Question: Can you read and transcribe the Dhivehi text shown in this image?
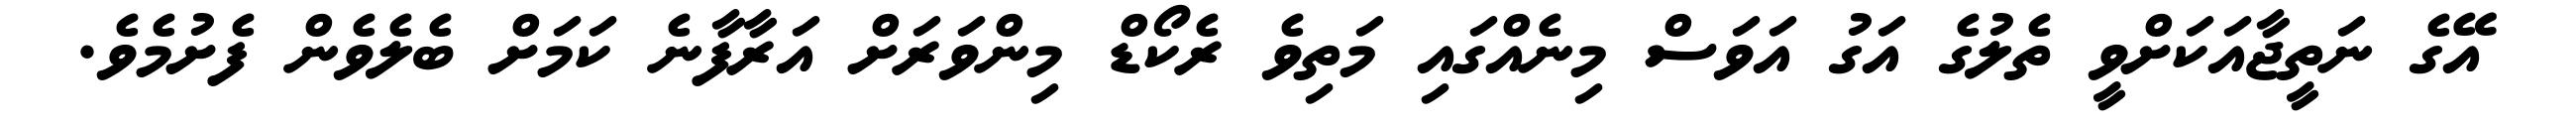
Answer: އޭގެ ނަތީޖާއަކަށްވީ ތެލުގެ އަގު އަވަސް މިނެއްގައި މަތިވެ ރެކޯޑް މިންވަރަށް އަރާފާނެ ކަމަށް ބެލެވެން ފެށުމެވެ.